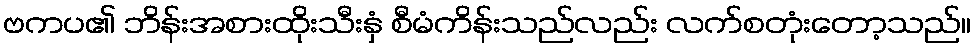
ဗကပ၏ ဘိန်းအစားထိုးသီးနှံ စီမံကိန်းသည်လည်း လက်စတုံးတော့သည်။